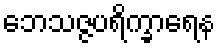
ဘေသဇ္ဇပရိက္ခာရေန